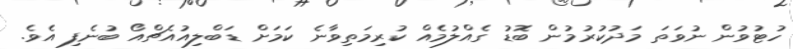
ހުޓުވުން ނުވަތަ މަދުކުރުމުން ބޮޑު ގެއްލުމެއް ކުރިމަތިވާނެ ކަމަށް ޑަބްލިއުއެޗްއޯ ބުނެފި އެވެ.